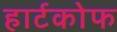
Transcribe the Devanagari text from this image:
हार्टकोफ